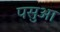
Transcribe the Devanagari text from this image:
पसुआ